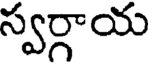
స్వర్గాయ